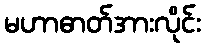
မဟာဓာတ်အားလိုင်း